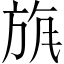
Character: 𣃲